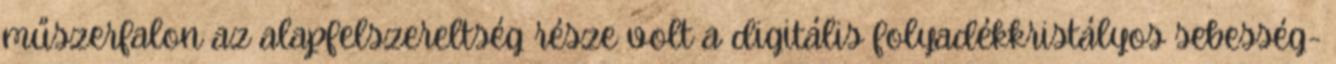
műszerfalon az alapfelszereltség része volt a digitális folyadékkristályos sebesség-